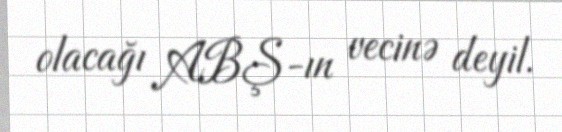
olacağı ABŞ-ın vecinə deyil.